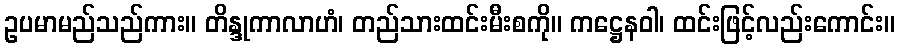
ဥပမာမည်သည်ကား။ တိန္ဒုကာလာဟံ၊ တည်သားထင်းမီးစကို။ ကဋ္ဌေနဝါ၊ ထင်းဖြင့်လည်းကောင်း။